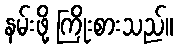
နမ်းဖို့ ကြိုးစားသည်။